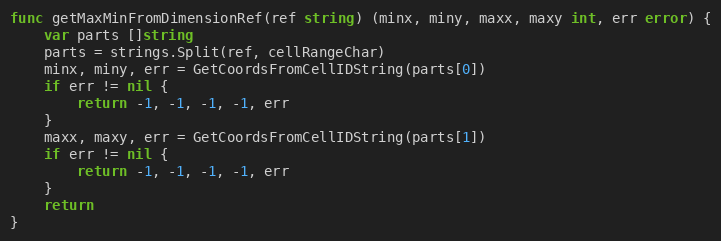
Language: Go
func getMaxMinFromDimensionRef(ref string) (minx, miny, maxx, maxy int, err error) {
	var parts []string
	parts = strings.Split(ref, cellRangeChar)
	minx, miny, err = GetCoordsFromCellIDString(parts[0])
	if err != nil {
		return -1, -1, -1, -1, err
	}
	maxx, maxy, err = GetCoordsFromCellIDString(parts[1])
	if err != nil {
		return -1, -1, -1, -1, err
	}
	return
}